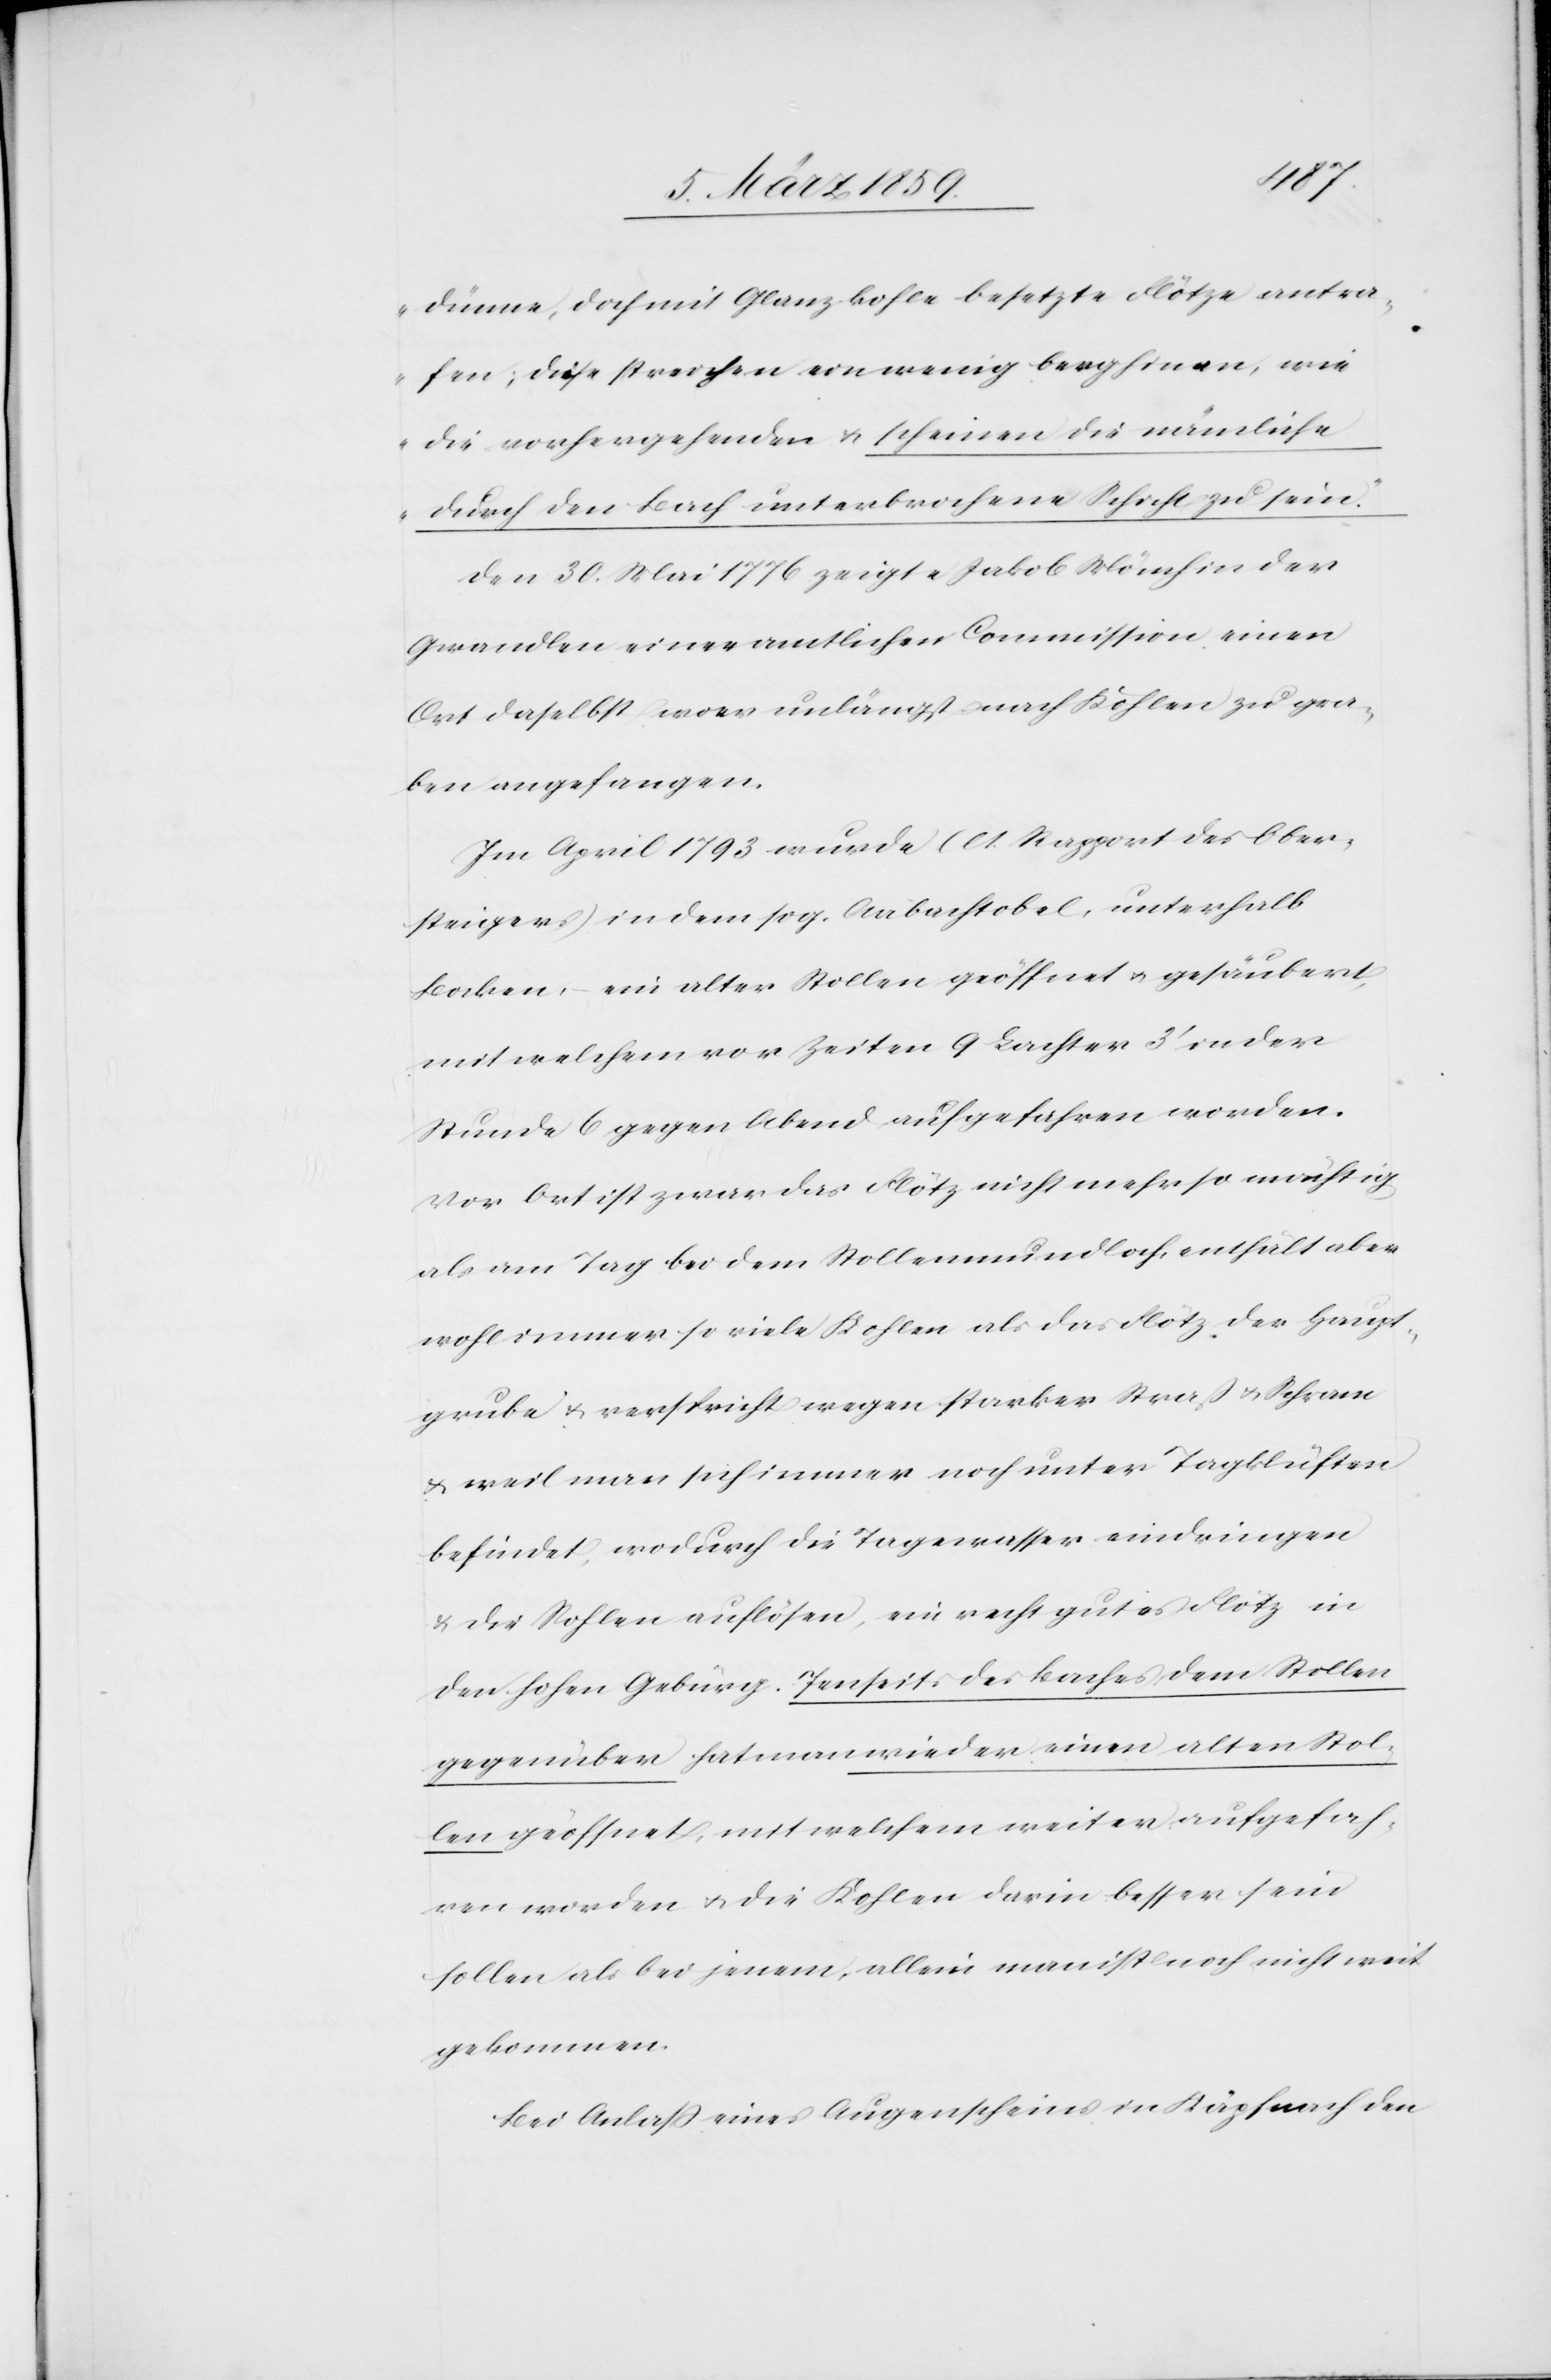
dünne, doch mit Glanzkohle besetzte Flötze antra¬
fen; diese streichen ein wenig berghinan, wie
die vorhergehenden & scheinen die nämliche
durch den Bach unterbrochene Schicht zu sein.“
Den 30. Mai 1776 zeigte Jakob Mönch in der
Gwandlen einer amtlichen Commission einen
Ort daselbst wo er unlängst nach Kohlen zu gra¬
ben angefangen.
Im April 1793 wurde (lt. Rapport des Ober¬
steigers) in dem sog. Aabachtobel, unterhalb
Bocken, ein alter Stollen geöffnet u. gesäubert,
mit welchem vor Zeiten 9 Lachter 3‘ in der
Stunde 6 gegen Abend aufgefahren worden.
Vor Ort ist zwar das Flötz nicht mehr so mächtig
als am Tag bei dem Stollenmundloch, enthält aber
wohl immer so viele Kohlen als das Flötz der Haupt¬
grube u. verspricht wegen starker Straß u. Schram
& weil man sich immer noch unter Tagklüften
befindet, wodurch die Tagewasser eindringen
& die Sohlen auflösen, ein recht gutes Flötz in
den hohen Gebürg. Jenseits des Baches dem Stollen
gegenüber hat man wieder einen alten Stol¬
len geöffnet, mit welchem weiter aufgefah¬
ren worden u. die Kohlen darin besser sein
sollen als bei jenem, allein man ist noch nicht weit
gekommen.
Bei Anlaß eines Augenscheins in Käpfnach den